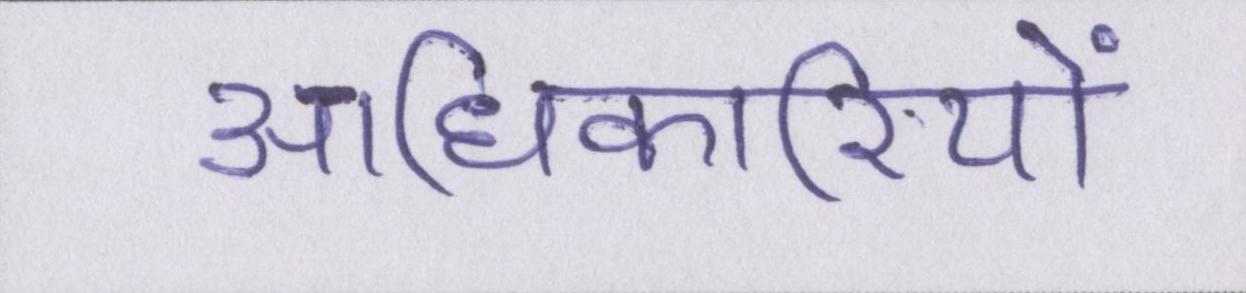
आधिकारियों